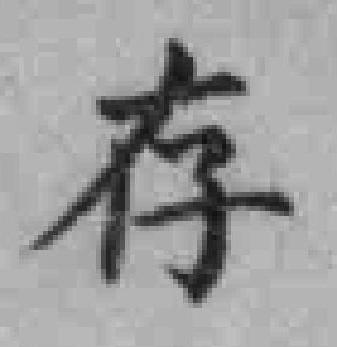
存